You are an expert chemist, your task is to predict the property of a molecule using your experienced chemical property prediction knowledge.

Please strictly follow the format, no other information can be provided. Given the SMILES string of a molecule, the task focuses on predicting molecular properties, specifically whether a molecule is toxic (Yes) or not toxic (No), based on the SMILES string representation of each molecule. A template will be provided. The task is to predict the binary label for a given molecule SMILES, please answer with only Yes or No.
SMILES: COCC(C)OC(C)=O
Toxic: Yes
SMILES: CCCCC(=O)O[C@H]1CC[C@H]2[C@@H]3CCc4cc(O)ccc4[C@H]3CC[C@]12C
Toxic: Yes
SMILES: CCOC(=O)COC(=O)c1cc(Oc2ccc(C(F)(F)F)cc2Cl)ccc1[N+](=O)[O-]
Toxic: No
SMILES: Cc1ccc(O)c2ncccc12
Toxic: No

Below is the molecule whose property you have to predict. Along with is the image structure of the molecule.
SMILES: CCNC(=O)NCCCOc1cccc(CN2CCCCC2)c1
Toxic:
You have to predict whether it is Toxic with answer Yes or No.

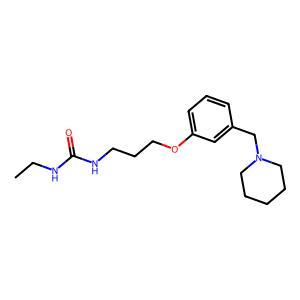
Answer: No